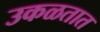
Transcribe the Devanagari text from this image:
उकळतात